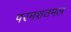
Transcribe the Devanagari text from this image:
परमशतमल